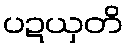
ပဍယှတိ